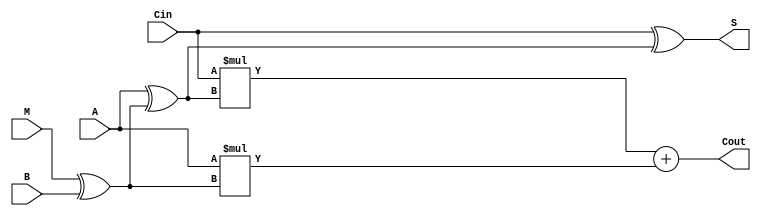
module fullAdderXOR(
input Cin,
input A,
input B,
input M,
output Cout,
output S
);

wire I;

assign I = M^B;

assign S = Cin^(A^I);
assign Cout = Cin*(A^I) + A*I;

endmodule